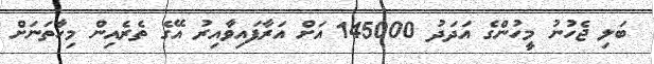
ބަލި ޖެހުނު މީހުންގެ އަދަދު 145000 އަށް އަރާފައިވާއިރު އޭގެ ތެރެއިން މިހާތަނަށް